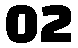
02